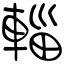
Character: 輜